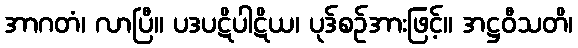
အာဂတံ၊ လာပြီ။ ပဒပဋိပါဋိယ၊ ပုဒ်စဉ်အားဖြင့်။ အဋ္ဌဝီသတိ၊